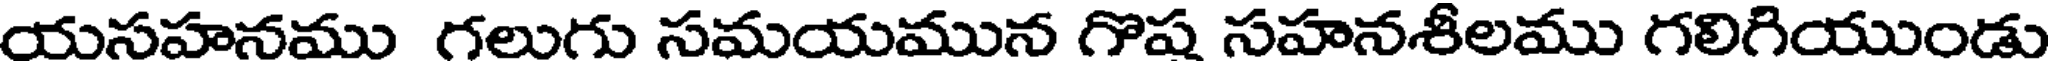
యసహనము గలుగు సమయమున గొష సహనశీలము గలిగియుండు